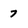
Character: 7